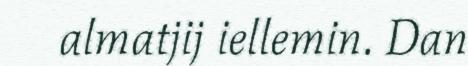
almatjij iellemin. Dan